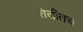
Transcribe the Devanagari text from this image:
शेतीतच